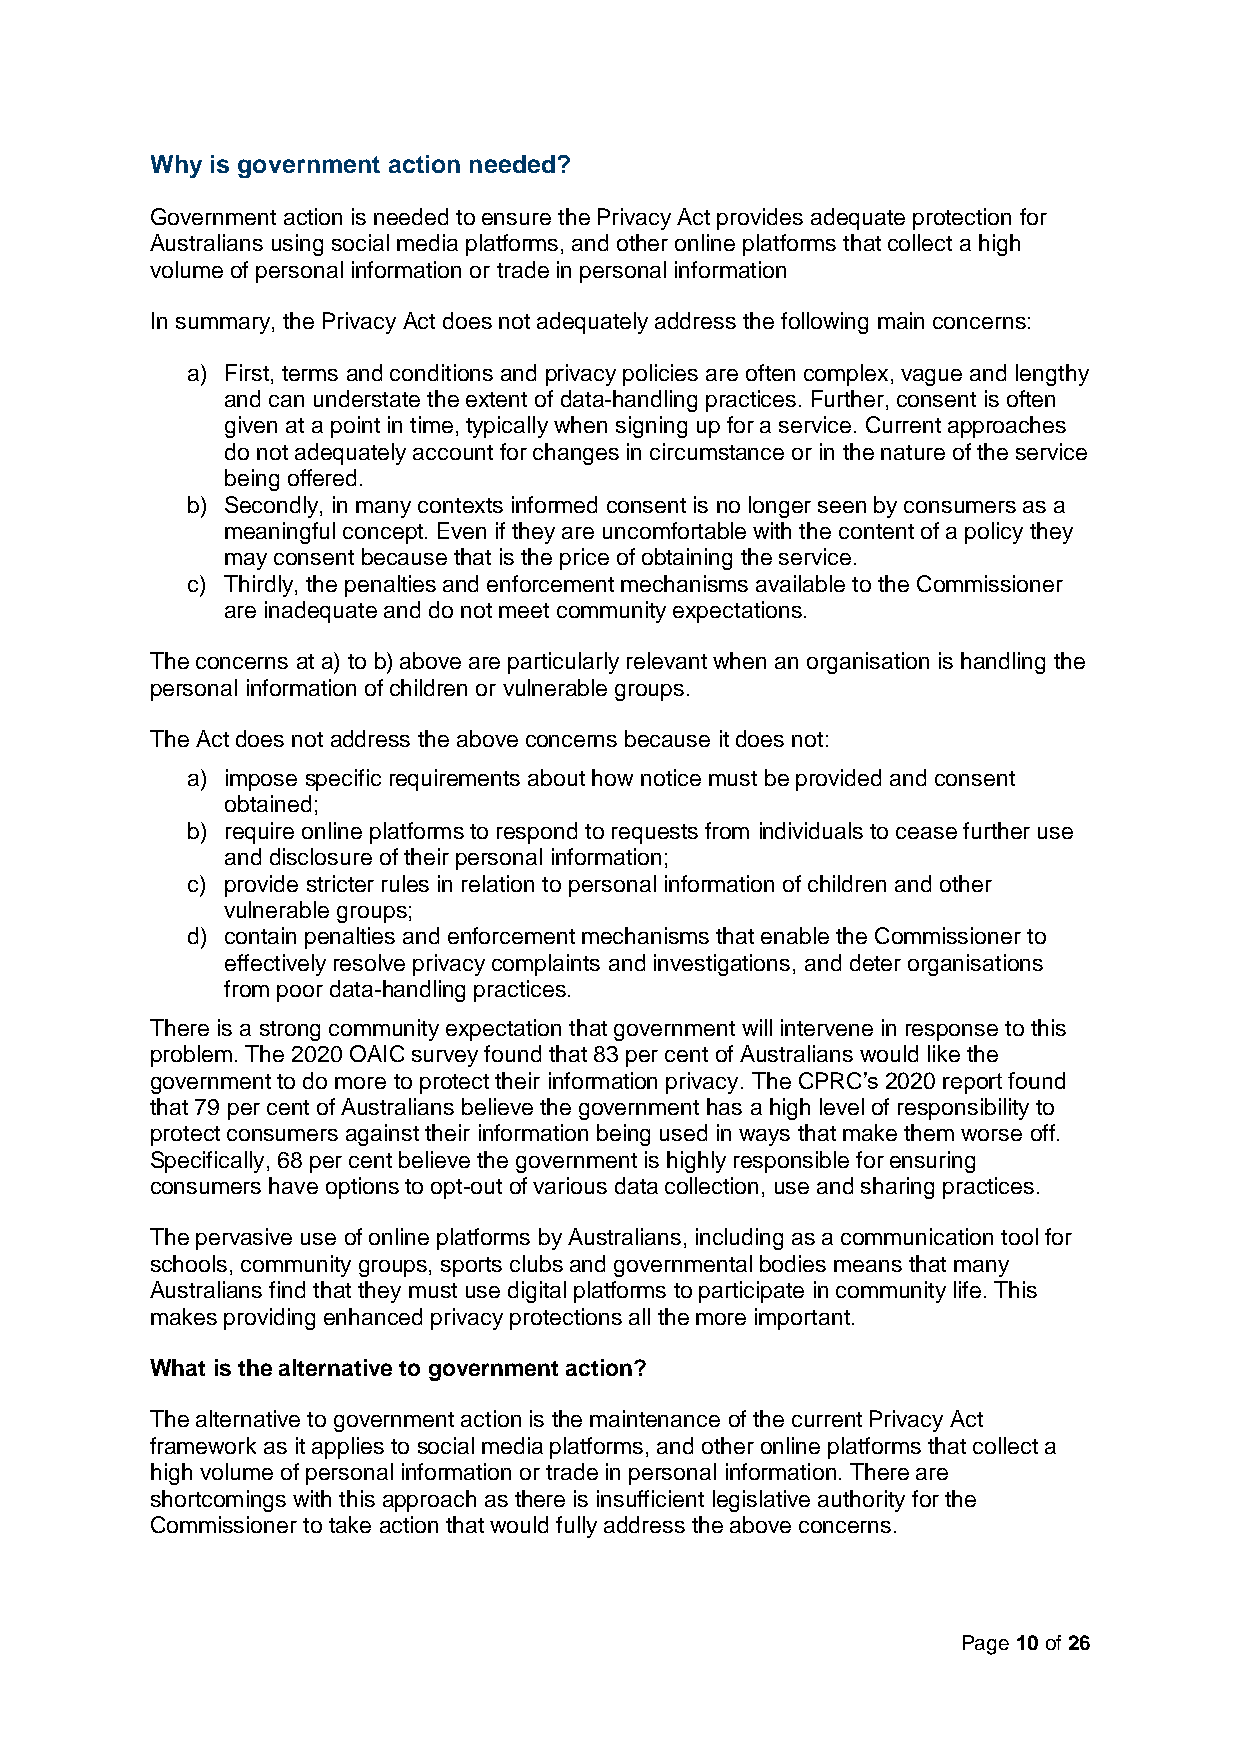
Why is government action needed?
 Government action is needed to ensure the Privacy Act provides adequate protection for
 Australians using social media platforms, and other online platforms that collect a high
 volume of personal information or trade in personal information
 In summary, the Privacy Act does not adequately address the following main concerns:
 a) First, terms and conditions and privacy policies are often complex, vague and lengthy
 and can understate the extent of data-handling practices. Further, consent is often
 given at a point in time, typically when signing up for a service. Current approaches
 do not adequately account for changes in circumstance or in the nature of the service
 being offered.
 b) Secondly, in many contexts informed consent is no longer seen by consumers as a
 meaningful concept. Even if they are uncomfortable with the content of a policy they
 may consent because that is the price of obtaining the service.
 c) Thirdly, the penalties and enforcement mechanisms available to the Commissioner
 are inadequate and do not meet community expectations.
 The concerns at a) to b) above are particularly relevant when an organisation is handling the
 personal information of children or vulnerable groups.
 The Act does not address the above concerns because it does not:
 a) impose specific requirements about how notice must be provided and consent
 obtained;
 b) require online platforms to respond to requests from individuals to cease further use
 and disclosure of their personal information;
 c) provide stricter rules in relation to personal information of children and other
 vulnerable groups;
 d) contain penalties and enforcement mechanisms that enable the Commissioner to
 effectively resolve privacy complaints and investigations, and deter organisations
 from poor data-handling practices.
 There is a strong community expectation that government will intervene in response to this
 problem. The 2020 OAIC survey found that 83 per cent of Australians would like the
 government to do more to protect their information privacy. The CPRC’s 2020 report found
 that 79 per cent of Australians believe the government has a high level of responsibility to
 protect consumers against their information being used in ways that make them worse off.
 Specifically, 68 per cent believe the government is highly responsible for ensuring
 consumers have options to opt-out of various data collection, use and sharing practices.
 The pervasive use of online platforms by Australians, including as a communication tool for
 schools, community groups, sports clubs and governmental bodies means that many
 Australians find that they must use digital platforms to participate in community life. This
 makes providing enhanced privacy protections all the more important.
 What is the alternative to government action?
 The alternative to government action is the maintenance of the current Privacy Act
 framework as it applies to social media platforms, and other online platforms that collect a
 high volume of personal information or trade in personal information. There are
 shortcomings with this approach as there is insufficient legislative authority for the
 Commissioner to take action that would fully address the above concerns.
 Page 10 of 26